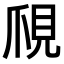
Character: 𧠙